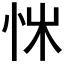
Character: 𢘨